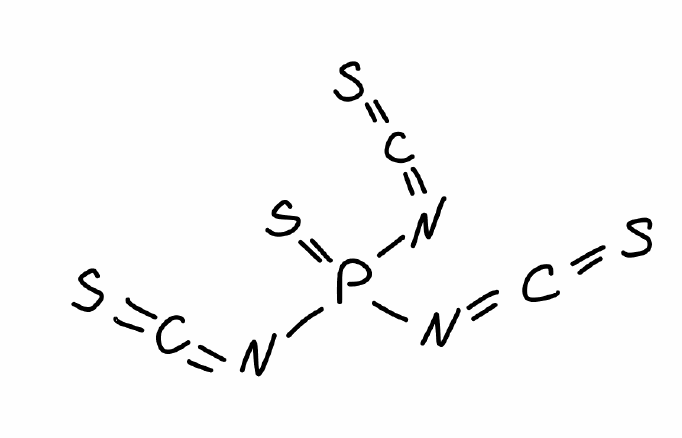
Simplified molecular-input line-entry system (SMILES) notation of the given molecule:
C(=NP(=S)(N=C=S)N=C=S)=S